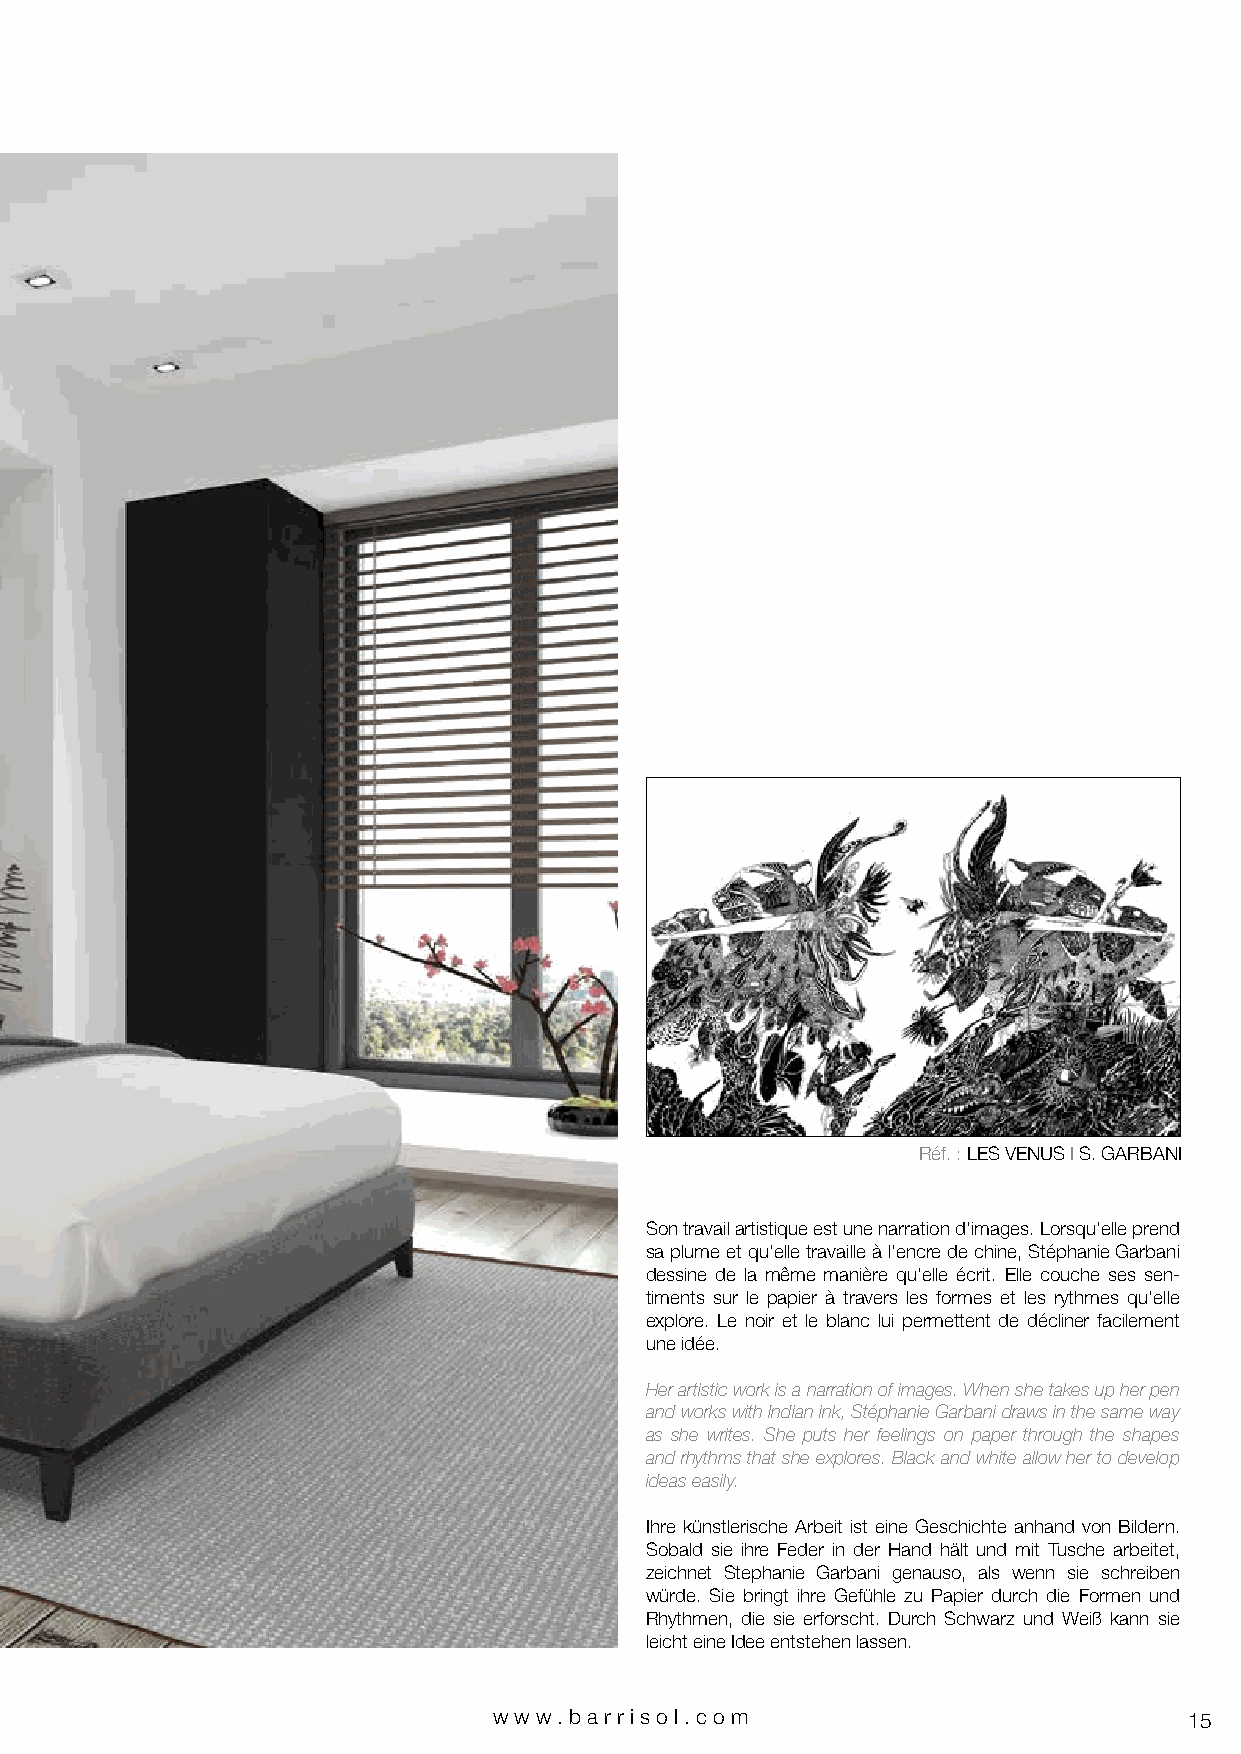
Réf. : LES VENUS I S. GARBANI
 Son travail artistique est une narration d’images. Lorsqu’elle prend
 sa plume et qu’elle travaille à l’encre de chine, Stéphanie Garbani
 dessine de la même manière qu’elle écrit. Elle couche ses sen-
 timents sur le papier à travers les formes et les rythmes qu’elle
 explore. Le noir et le blanc lui permettent de décliner facilement
 une idée.
 Her artistic work is a narration of images. When she takes up her pen
 and works with Indian ink, Stéphanie Garbani draws in the same way
 as she writes. She puts her feelings on paper through the shapes
 and rhythms that she explores. Black and white allow her to develop
 ideas easily.
 Ihre künstlerische Arbeit ist eine Geschichte anhand von Bildern.
 Sobald sie ihre Feder in der Hand hält und mit Tusche arbeitet,
 zeichnet Stephanie Garbani genauso, als wenn sie schreiben
 würde. Sie bringt ihre Gefühle zu Papier durch die Formen und
 Rhythmen, die sie erforscht. Durch Schwarz und Weiß kann sie
 leicht eine Idee entstehen lassen.
 www.bar riso l. com                           15